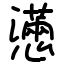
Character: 懣